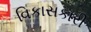
વિકાસકારી